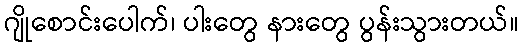
ဂျိုစောင်းပေါက်၊ ပါးတွေ နားတွေ ပွန်းသွားတယ်။